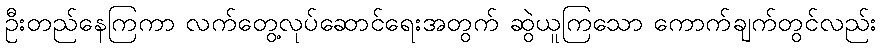
ဦးတည်နေကြကာ လက်တွေ့လုပ်ဆောင်ရေးအတွက် ဆွဲယူကြသော ကောက်ချက်တွင်လည်း